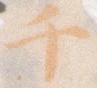
千